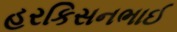
હરકિસનભાઈ